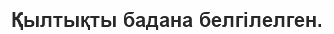
Қылтықты бадана белгiлелген.